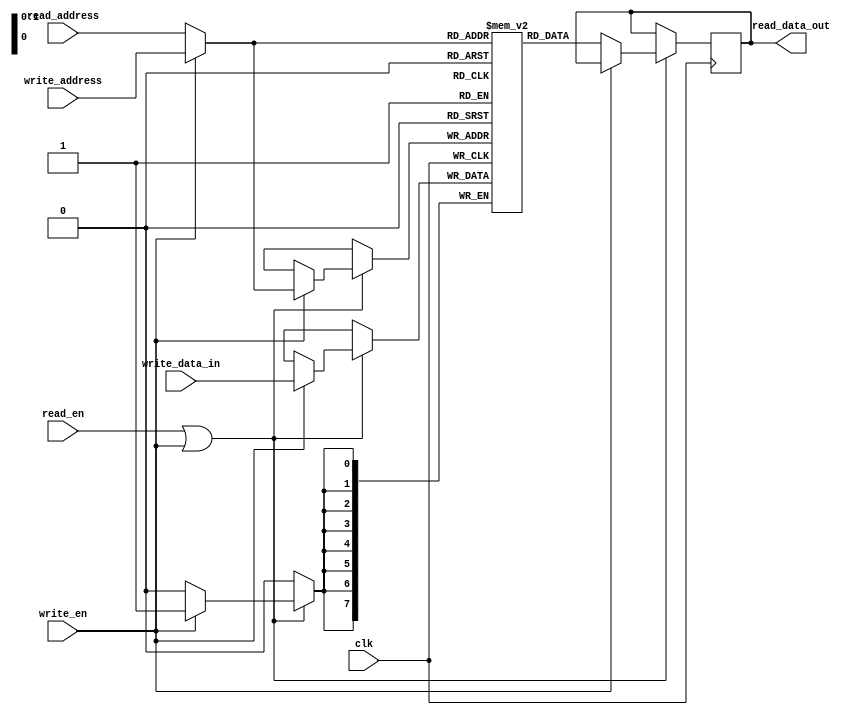
`timescale 1ns / 1ps
// width is the number of bits per location; depth_bits is the number of address bits. 2^depth_bits is the number of locations

module memory_RAM
	#(
		parameter width = 8, 					// width is the number of bits per location
		parameter depth_bits = 2				// depth is the number of locations (2^number of address bits)
	) 
	(
		input clk,
		input write_en,
		input [depth_bits-1:0] write_address,
		input [width-1:0] write_data_in,
		input read_en,    
		input [depth_bits-1:0] read_address,
		output reg [width-1:0] read_data_out
	);
    
    reg [width-1:0] RAM [0:2**depth_bits-1];
    wire [depth_bits-1:0] address;
    wire enable;
    
    // to convert external signals to a form followed in the template given in Vivado synthesis manual. 
    // Not really necessary, but to follow the spirit of using templates
    assign enable = read_en | write_en;
    assign address = write_en? write_address:read_address;
    
  	// the following is from a template given in Vivado synthesis manual.
  	// Read up more about write first, read first, no change modes.

	always @(posedge clk)
	begin
		 if (enable)
		 begin
			if (write_en)
				RAM[address] <= write_data_in;
		 else
			read_data_out <= RAM[address];
		 end
	end

endmodule